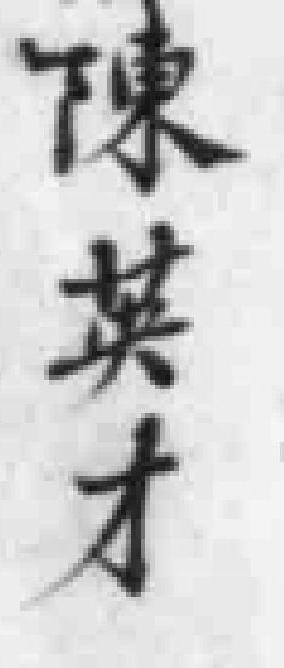
陳英才